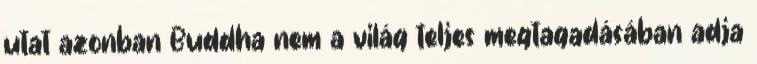
utat azonban Buddha nem a világ teljes megtagadásában adja